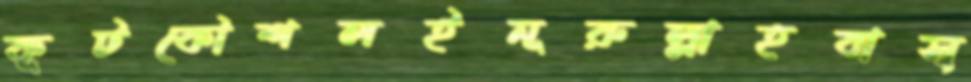
কূটকৌশলইনূরুল্লাহবাস্